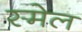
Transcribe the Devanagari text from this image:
स्मेल